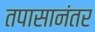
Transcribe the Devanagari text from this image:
तपासानंतर